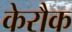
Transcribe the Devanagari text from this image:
केरौक